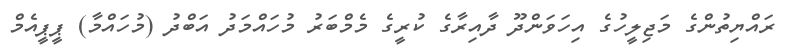
ރައްޔިތުންގެ މަޖިލީހުގެ އިހަވަންދޫ ދާއިރާގެ ކުރީގެ މެމްބަރު މުހައްމަދު އަބްދު (މުހައްމާ) ޕީޕީއެމް